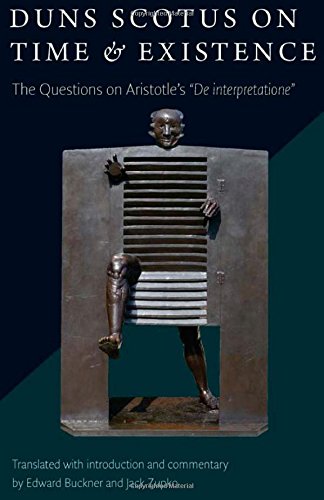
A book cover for Duns Scotus on Time and Existence: The Questions on Aristotle's 'De interpretatione'; Politics & Social Sciences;